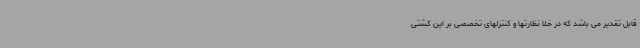
قابل تقدیر می باشد که در خلا نظارتها و کنترلهای تخصصی بر این کشتی